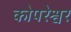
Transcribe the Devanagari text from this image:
कोपरेश्वर